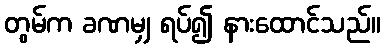
တွမ်က ခဏမျှ ရပ်၍ နားထောင်သည်။